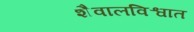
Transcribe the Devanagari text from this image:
शैवालविश्वात